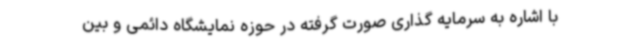
با اشاره به سرمایه گذاری صورت گرفته در حوزه نمایشگاه دائمی و بین